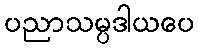
ပညာသမ္ပဒါယပေ